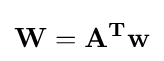
\mathbf {W} =\mathbf {A^{T}} \mathbf {w}